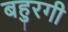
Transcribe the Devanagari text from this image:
बहुरगी